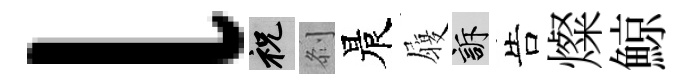
l祝𠛴晨履訴告燦鯨